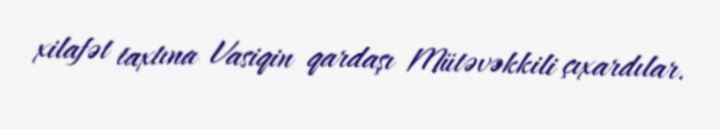
xilafət taxtına Vasiqin qardaşı Mütəvəkkili çıxardılar.